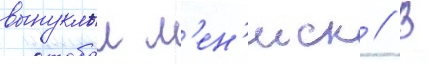
выпуклыи м'ен'иск // В